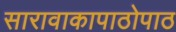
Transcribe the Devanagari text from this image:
सारावाकापाठोपाठ